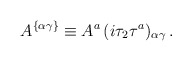
\begin{align*}A^{\{\alpha\gamma\}}\equiv {A}^a \,({i\tau_2\tau^a})_{\alpha\gamma}\, .\end{align*}